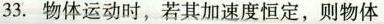
33.物体运动时，若其加速度恒定，则物体